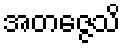
အတဇ္ဇေသိ